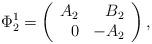
LaTeX: \begin{align*}\Phi_2^1=\left(\begin{array}{rr}A_2 & B_2 \\0 & -A_2 \end{array}\right), \end{align*}